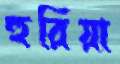
হুরিয়া